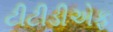
ટીટીડીએફ